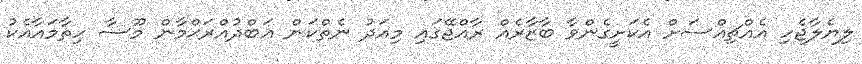
ލިޔެލާޖެހި އެއްޗިއްސަށް އެކަށީގެންވާ ބާޒާރެއް ރާއްޖޭގައި މިއަދު ނެތްކަން ޢަބްދުއްރަޙްމާން މޫސާ ހިތާމައާއެކު